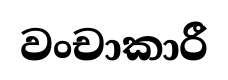
වංචාකාරී